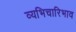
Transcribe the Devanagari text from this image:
व्यभिचारिभाव